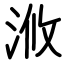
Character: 浟